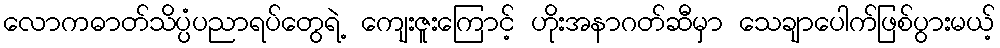
လောကဓာတ်သိပ္ပံပညာရပ်တွေရဲ့ ကျေးဇူးကြောင့် ဟိုးအနာဂတ်ဆီမှာ သေချာပေါက်ဖြစ်ပွားမယ့်